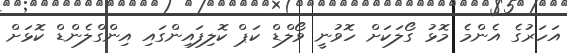
އަހަރުގެ އެންމެ މޮޅު ގޯލަކަށް ހޮވުނީ ވޯލްޑް ކަޕް ކޮލިފައިންގައި އިންގްލެންޑް ކޮޅަށް